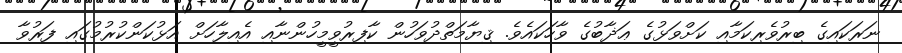
ނަރަކައިގެ ބިރުވެރިކަމާއި ކަށްވަޅުގެ ޢަޛާބުގެ ވާހަކައެވެ. ޤިޔާމަތްދުވަހުން ކާފިރުވީމީހުންނާއި އެއިލާހަށް އަޅުކަންކުރުމުގައި ފަރުވާ